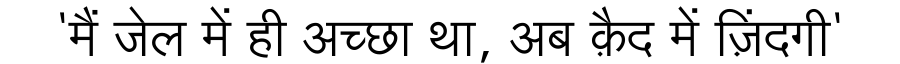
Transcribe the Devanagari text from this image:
'मैं जेल में ही अच्छा था, अब क़ैद में ज़िंदगी'